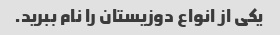
یکی از انواع دوزیستان را نام ببرید.